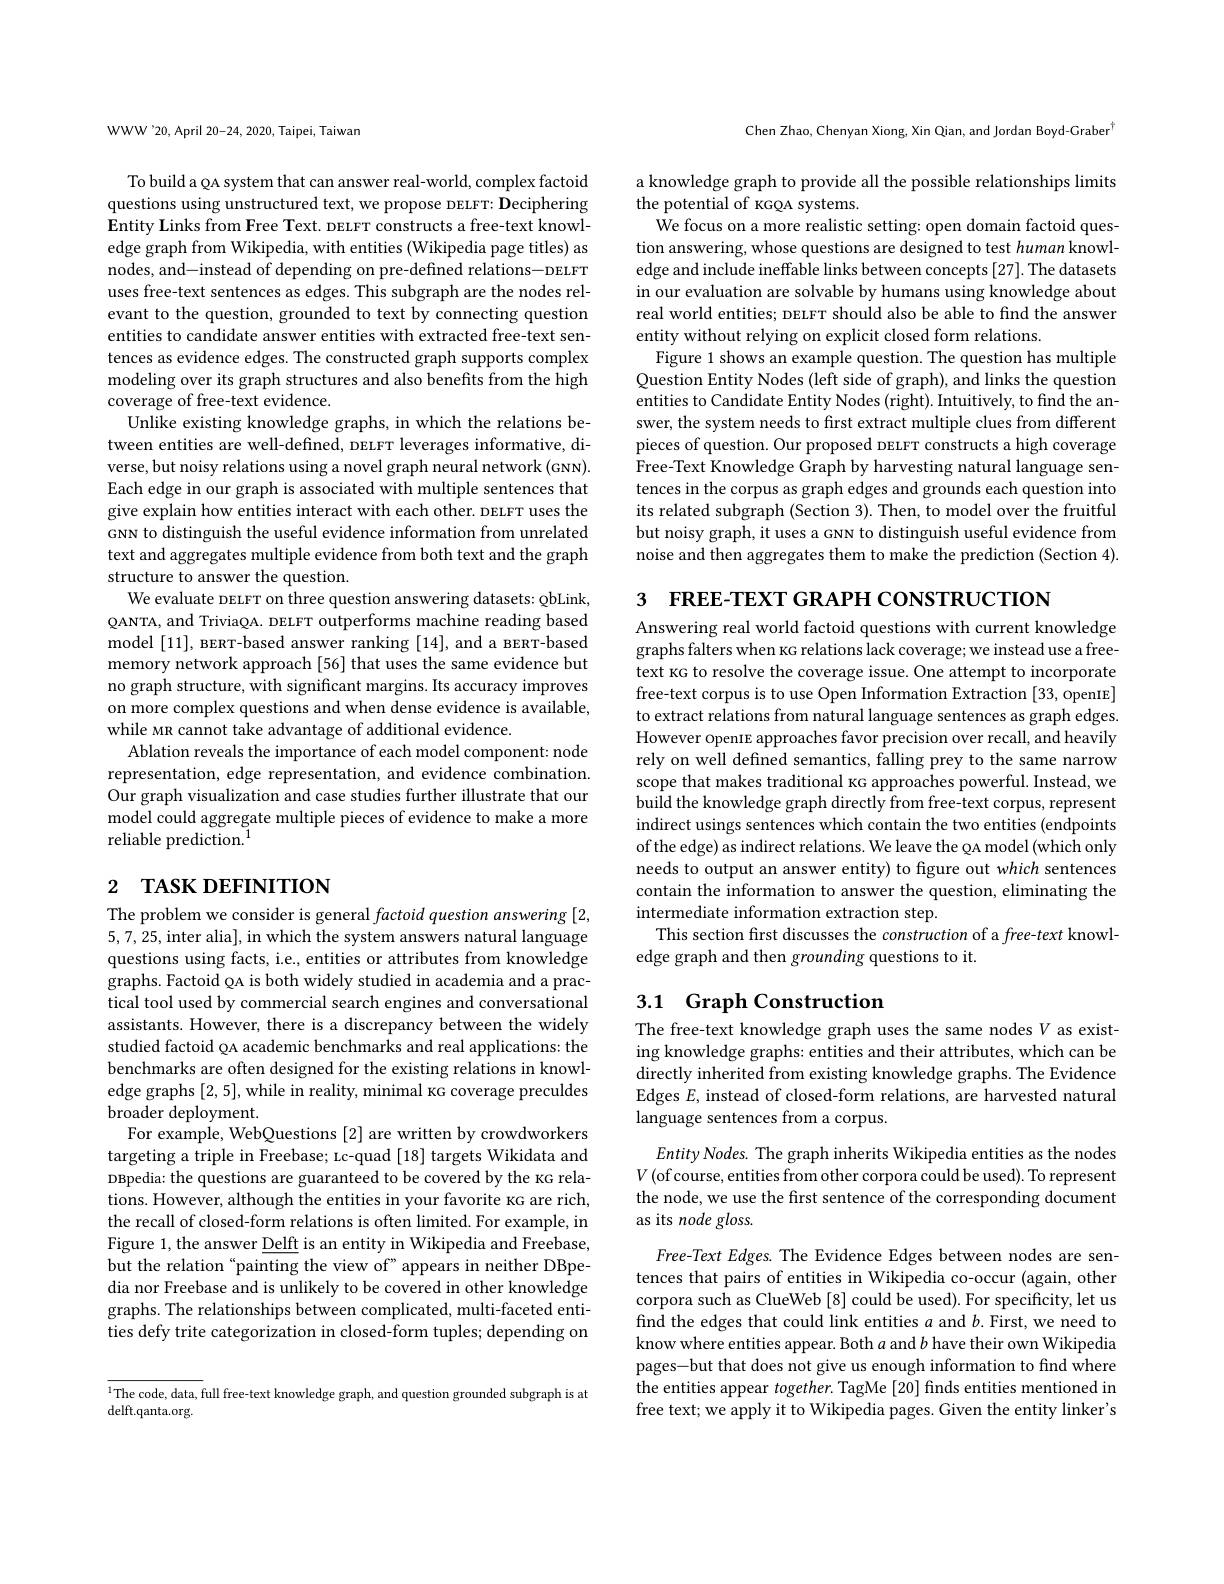
WWW'20, April 20-24, 2020, Taipei, Taiwan

To build a QA system that can answer real-world, complex factoid questions using unstructured text, we propose DELFT: Deciphering $\textbf{Entity Links from Free Text. DELFT constructs a free- text knowl- }$ edge graph from Wikipedia, with entities (Wikipedia page titles) as nodes, and-instead of depending on pre-defined relations- DELFT uses free-text sentences as edges. This subgraph are the nodes relevant to the question, grounded to text by connecting question entities to candidate answer entities with extracted free-text sentences as evidence edges. The constructed graph supports complex modeling over its graph structures and also benefits from the high coverage of free-text evidence.
Unlike existing knowledge graphs, in which the relations between entities are well-defined, DELFT leverages informative, diverse, but noisy relations using a novel graph neural network (GNN). Each edge in our graph is associated with multiple sentences that give explain how entities interact with each other. DELFT uses the GNN to distinguish the useful evidence information from unrelated text and aggregates multiple evidence from both text and the graph structure to answer the question.
We evaluate DELFT on three question answering datasets: QbLink, QANTA, and TriviaQA. DELFT outperforms machine reading based model [11], BERT-based answer ranking [14], and a вERT-based memory network approach [56] that uses the same evidence but no graph structure, with significant margins. Its accuracy improves on more complex questions and when dense evidence is available, while MR cannot take advantage of additional evidence.
Ablation reveals the importance of each model component: node representation, edge representation, and evidence combination. Our graph visualization and case studies further illustrate that our model could aggregate multiple pieces of evidence to make a more reliable prediction.$^1$

# 2 TASK DEFINITION

The problem we consider is general factoid question answering [2, 5,7,25,inter alia], in which the system answers natural language questions using facts, i.e., entities or attributes from knowledge graphs. Factoid QA is both widely studied in academia and a practical tool used by commercial search engines and conversational assistants. However, there is a discrepancy between the widely studied factoid QA academic benchmarks and real applications: the benchmarks are often designed for the existing relations in knowledge graphs [2,5], while in reality, minimal kG coverage preculdes broader deployment.
For example, WebQuestions [2] are written by crowdworkers targeting a triple in Freebase; Lc-quad [18] targets Wikidata and DBpedia: the questions are guaranteed to be covered by the kG relations. However, although the entities in your favorite KG are rich, the recall of closed-form relations is often limited. For example, in Figure 1, the answer $\underline\text{Delft is an entity in Wikipedia and Freebase,}$ but the relation "painting the view of" appears in neither DBpedia nor Freebase and is unlikely to be covered in other knowledge graphs. The relationships between complicated, multi-faceted entities defy trite categorization in closed-form tuples; depending on

${^{1}\text{The code, data, full free-text knowledge graph, and question grounded subgraph is at}}$
delft.qanta.org.

Chen Zhao, Chenyan Xiong, Xin Qian, and Jordan Boyd-Graber$^{4}$

a knowledge graph to provide all the possible relationships limits
the potential of KGQA systems.
We focus on a more realistic setting: open domain factoid question answering, whose questions are designed to test human knowledge and include ineffable links between concepts [27]. The datasets in our evaluation are solvable by humans using knowledge about real world entities; DELFT should also be able to find the answer entity without relying on explicit closed form relations.
Figure 1 shows an example question. The question has multiple Question Entity Nodes (left side of graph), and links the question entities to Candidate Entity Nodes (right). Intuitively, to find the answer, the system needs to first extract multiple clues from different pieces of question. Our proposed DELFT constructs a high coverage Free-Text Knowledge Graph by harvesting natural language sentences in the corpus as graph edges and grounds each question into its related subgraph (Section 3). Then, to model over the fruitful but noisy graph, it uses a GNN to distinguish useful evidence from noise and then aggregates them to make the prediction (Section 4).

3 FREE-TEXT GRAPH CONSTRUCTION

Answering real world factoid questions with current knowledge graphs falters when kG relations lack coverage; we instead use a freetext kG to resolve the coverage issue. One attempt to incorporate free-text corpus is to use Open Information Extraction [33, openIE] to extract relations from natural language sentences as graph edges. However openIE approaches favor precision over recall, and heavily rely on well defined semantics, falling prey to the same narrow scope that makes traditional kG approaches powerful. Instead, we build the knowledge graph directly from free-text corpus, represent indirect usings sentences which contain the two entities (endpoints of the edge) as indirect relations. We leave the QA model (which only needs to output an answer entity) to figure out which sentences contain the information to answer the question, eliminating the intermediate information extraction step.
This section first discusses the construction of a free-text knowl-
edge graph and then grounding questions to it.

## 3.1 Graph Construction The free-text knowledge graph uses the same nodes $V$ as exist-

ing knowledge graphs: entities and their attributes, which can be directly inherited from existing knowledge graphs. The Evidence Edges $E$, instead of closed-form relations, are harvested natural language sentences from a corpus.

Entity Nodes. The graph inherits Wikipedia entities as the nodes $V($of course, entities from other corpora could be used). To represent the node, we use the first sentence of the corresponding document as its node gloss.

Free-Text Edges. The Evidence Edges between nodes are sentences that pairs of entities in Wikipedia co-occur (again, other corpora such as ClueWeb [8] could be used). For specificity, let us find the edges that could link entities $a$ and $b.$ First, we need to know where entities appear. Both $a$ and $b$ have their own Wikipedia pages-but that does not give us enough information to find where the entities appear $together.$ TagMe[20] finds entities mentioned in free text; we apply it to Wikipedia pages. Given the entity linker's